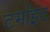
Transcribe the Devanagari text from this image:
टर्माइट